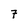
Character: 7